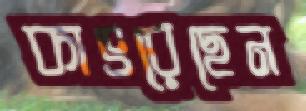
কাৎরেছেন